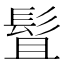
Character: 䯶